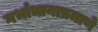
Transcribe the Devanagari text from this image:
गर्भाधानाप्रमाणे